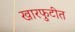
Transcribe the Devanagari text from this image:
खारफुटीत